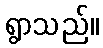
ရွာသည်။